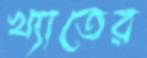
খ্যাতের